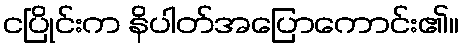
ငပြိုင်းက နိပါတ်အပြောကောင်း၏။